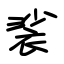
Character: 裟